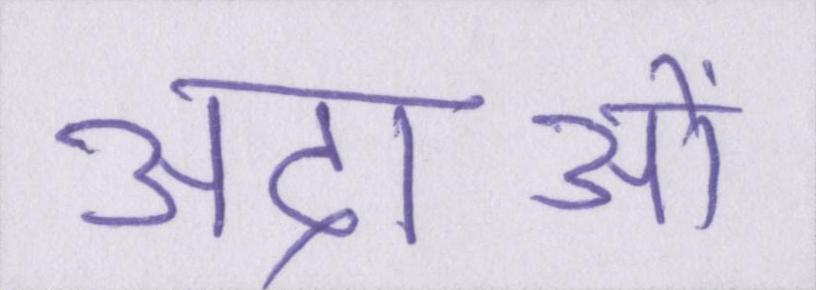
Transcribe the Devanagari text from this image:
अदाओं